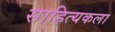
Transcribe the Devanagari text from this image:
साहित्यकला